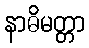
နာဓိမတ္တာ